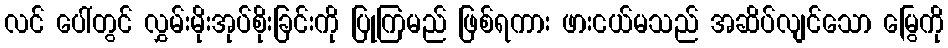
လင် ပေါ်တွင် လွှမ်းမိုးအုပ်စိုးခြင်းကို ပြုကြမည် ဖြစ်ရကား ဖားငယ်မသည် အဆိပ်လျင်သော မြွေကို